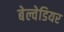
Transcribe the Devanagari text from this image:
बेल्वेडियर